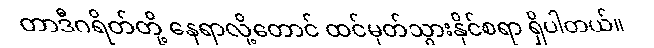
တာဒီဂရိတ်တို့ နေရာလို့တောင် ထင်မှတ်သွားနိုင်စရာ ရှိပါတယ်။